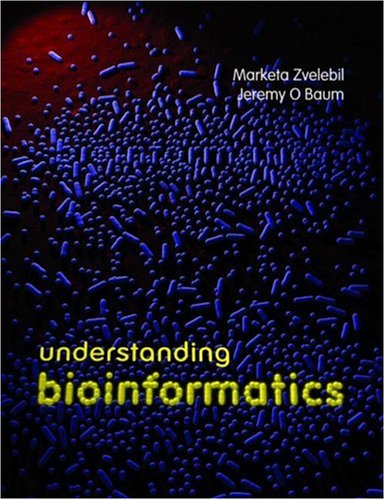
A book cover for Understanding Bioinformatics; Marketa Zvelebil; Computers & Technology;